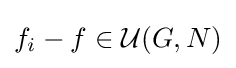
f_{i}-f\in {\mathcal {U}}(G,N)